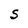
Character: S